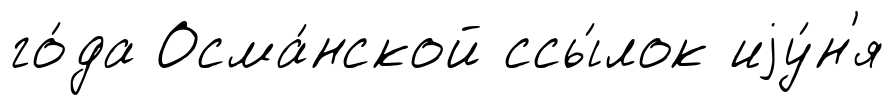
го́да Осма́нской ссы́лок иjу́н'я